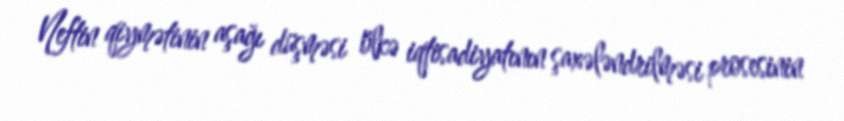
Neftin qiymətinin aşağı düşməsi ölkə iqtisadiyatının şaxələndrilməsi prosesinin